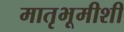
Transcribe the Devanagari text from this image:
मातृभूमीशी